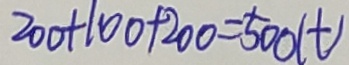
2 0 0 + 1 0 0 + 2 0 0 = 5 0 0 ( t )